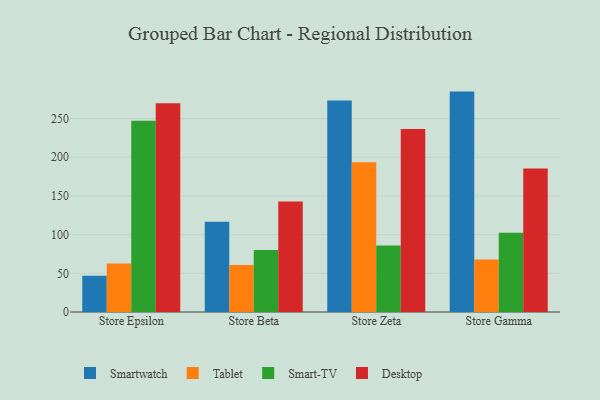
{"axis": {"x": "Store", "y": "Satisfaction Score"}, "legend": ["Desktop", "Smart-TV", "Smartwatch", "Tablet"], "data": [{"x": "Store Epsilon", "y": 46.9, "type": "Smartwatch"}, {"x": "Store Epsilon", "y": 62.6, "type": "Tablet"}, {"x": "Store Epsilon", "y": 247.2, "type": "Smart-TV"}, {"x": "Store Epsilon", "y": 269.9, "type": "Desktop"}, {"x": "Store Beta", "y": 116.6, "type": "Smartwatch"}, {"x": "Store Beta", "y": 60.6, "type": "Tablet"}, {"x": "Store Beta", "y": 80.2, "type": "Smart-TV"}, {"x": "Store Beta", "y": 142.8, "type": "Desktop"}, {"x": "Store Zeta", "y": 273.5, "type": "Smartwatch"}, {"x": "Store Zeta", "y": 193.7, "type": "Tablet"}, {"x": "Store Zeta", "y": 86.0, "type": "Smart-TV"}, {"x": "Store Zeta", "y": 236.4, "type": "Desktop"}, {"x": "Store Gamma", "y": 284.9, "type": "Smartwatch"}, {"x": "Store Gamma", "y": 67.8, "type": "Tablet"}, {"x": "Store Gamma", "y": 102.3, "type": "Smart-TV"}, {"x": "Store Gamma", "y": 185.5, "type": "Desktop"}]}